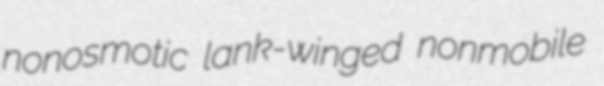
nonosmotic lank-winged nonmobile